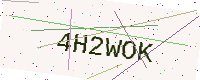
Text: 4H2WOK